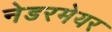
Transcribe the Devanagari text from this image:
नेडरमेयर